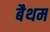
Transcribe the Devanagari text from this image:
बैथम